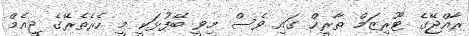
ރާއްޖޭގެ ޓޫރިޒަމް ތާރީޚް ގައި ވެސް މިވީ ބޭފުޅަކީ މީ ހެރެތެރޭގެ ޖީއެމް